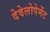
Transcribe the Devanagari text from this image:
देवेलोपेमेंट